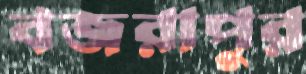
বজরাপুর